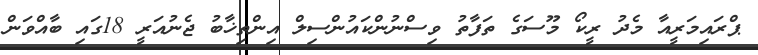
ޕްރައިމަރީއާ މެދު ރީކޯ މޫސަގެ ތަފާތު ވިސްނުންކައުންސިލް އިންތިޚާބު ޖެނުއަރީ 18ގައި ބާއްވަން